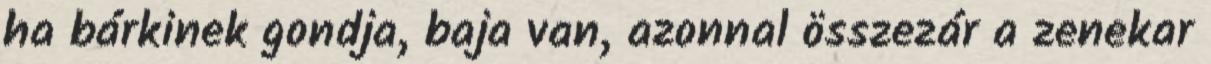
ha bárkinek gondja, baja van, azonnal összezár a zenekar